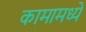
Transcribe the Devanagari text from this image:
कामामध्यें